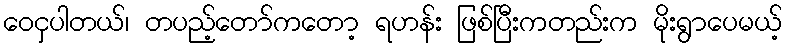
ဝေငှပါတယ်၊ တပည့်တော်ကတော့ ရဟန်း ဖြစ်ပြီးကတည်းက မိုးရွာပေမယ့်